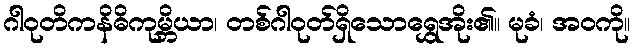
ဂါဝုတိကနိဓိကုမ္ဘိယာ၊ တစ်ဂါဝုတ်ရှိသောရွှေအိုး၏။ မုခံ၊ အဝကို။